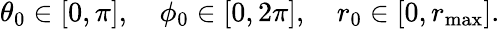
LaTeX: \begin{array}{r}{\theta_{0}\in[0,\pi],\quad\phi_{0}\in[0,2\pi],\quad r_{0}\in[0,r_{\operatorname*{max}}].}\end{array}